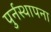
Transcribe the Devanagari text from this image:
पुर्नस्‍थापना